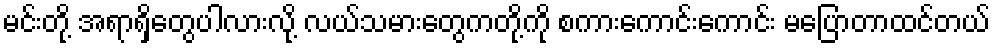
မင်းတို့ အရာရှိတွေပါလားလို့ လယ်သမားတွေကတို့ကို စကားကောင်းကောင်း မပြောတာထင်တယ်